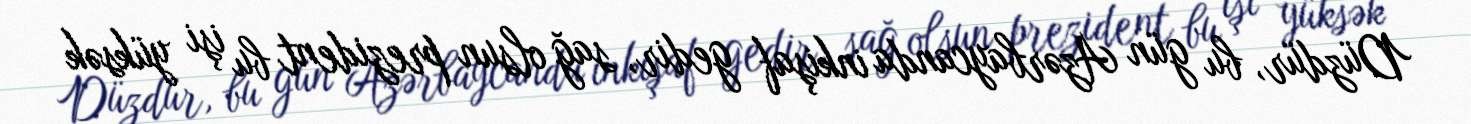
Düzdür, bu gün Azərbaycanda inkişaf gedir, sağ olsun prezident bu işi yüksək